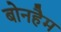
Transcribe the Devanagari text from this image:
बोनहैम